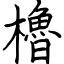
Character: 櫓